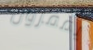
يقفزون